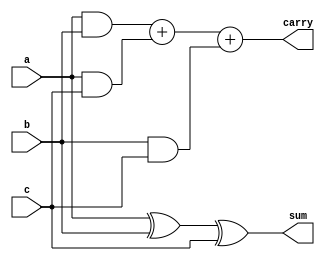
`timescale 1ns / 1ps
//////////////////////////////////////////////////////////////////////////////////
// Company: 
// Engineer: 
// 
// Design Name: 
// Module Name:    full_adder 
// Project Name: 
// Target Devices: 
// Tool versions: 
// Description: 
//
// Dependencies: 
//
// Revision: 
// Revision 0.01 - File Created
// Additional Comments: 
//
//////////////////////////////////////////////////////////////////////////////////
module full_adder(a,b,c,sum,carry);
input a,b,c;
output reg sum,carry;
always@(a,b,c)
begin
	sum=a^b^c;
	carry=(a&b)+(a&c)+(b&c);
end
endmodule